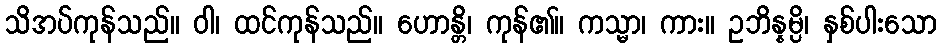
သိအပ်ကုန်သည်။ ဝါ၊ ထင်ကုန်သည်။ ဟောန္တိ၊ ကုန်၏။ ကသ္မာ၊ ကား။ ဥဘိန္နမ္ပိ၊ နှစ်ပါးသော